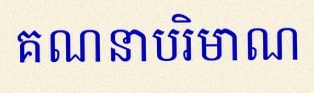
គណនាបរិមាណ